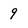
Character: 9